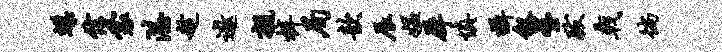
蝶信裳湛趁遨亲梓局歆辰媪犀慎摄叙星跋戟徜